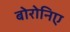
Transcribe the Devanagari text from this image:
बोरोनिए